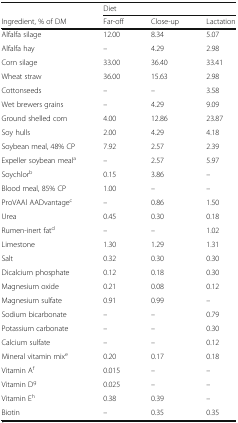
|  | <COLSPAN=3> Diet |
 | Ingredient, % of DM | Far-off | Close-up | Lactation |
 | --- | --- | --- | --- |
 | Alfalfa silage | 12.00 | 8.34 | 5.07 |
 | Alfalfa hay | – | 4.29 | 2.98 |
 | Corn silage | 33.00 | 36.40 | 33.41 |
 | Wheat straw | 36.00 | 15.63 | 2.98 |
 | Cottonseeds | – | – | 3.58 |
 | Wet brewers grains | – | 4.29 | 9.09 |
 | Ground shelled corn | 4.00 | 12.86 | 23.87 |
 | Soy hulls | 2.00 | 4.29 | 4.18 |
 | Soybean meal, 48% CP | 7.92 | 2.57 | 2.39 |
 | Expeller soybean meala | – | 2.57 | 5.97 |
 | Soychlorb | 0.15 | 3.86 | – |
 | Blood meal, 85% CP | 1.00 | – | – |
 | ProVAAl AADvantagec | – | 0.86 | 1.50 |
 | Urea | 0.45 | 0.30 | 0.18 |
 | Rumen-inert fatd | – | – | 1.02 |
 | Limestone | 1.30 | 1.29 | 1.31 |
 | Salt | 0.32 | 0.30 | 0.30 |
 | Dicalcium phosphate | 0.12 | 0.18 | 0.30 |
 | Magnesium oxide | 0.21 | 0.08 | 0.12 |
 | Magnesium sulfate | 0.91 | 0.99 | – |
 | Sodium bicarbonate | – | – | 0.79 |
 | Potassium carbonate | – | – | 0.30 |
 | Calcium sulfate | – | – | 0.12 |
 | Mineral vitamin mixe | 0.20 | 0.17 | 0.18 |
 | Vitamin Af | 0.015 | – | – |
 | Vitamin Dg | 0.025 | – | – |
 | Vitamin Eh | 0.38 | 0.39 | – |
 | Biotin | – | 0.35 | 0.35 |